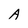
Character: A